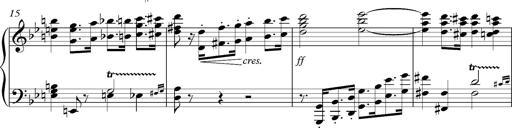
Title: Marche funÃ¨bre, S.226a
Composer: Franz Liszt
Key: G minor